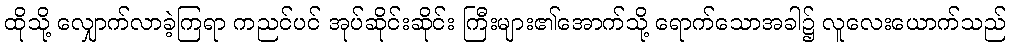
ထိုသို့ လျှောက်လာခဲ့ကြရာ ကညင်ပင် အုပ်ဆိုင်းဆိုင်း ကြီးများ၏အောက်သို့ ရောက်သောအခါ၌ လူလေးယောက်သည်